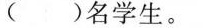
()名学生。